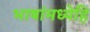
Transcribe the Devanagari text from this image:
भाषांमध्येहि